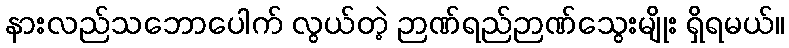
နားလည်သဘောပေါက် လွယ်တဲ့ ဉာဏ်ရည်ဉာဏ်သွေးမျိုး ရှိရမယ်။